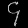
Digit: ၄